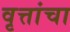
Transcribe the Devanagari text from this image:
वृत्तांचा